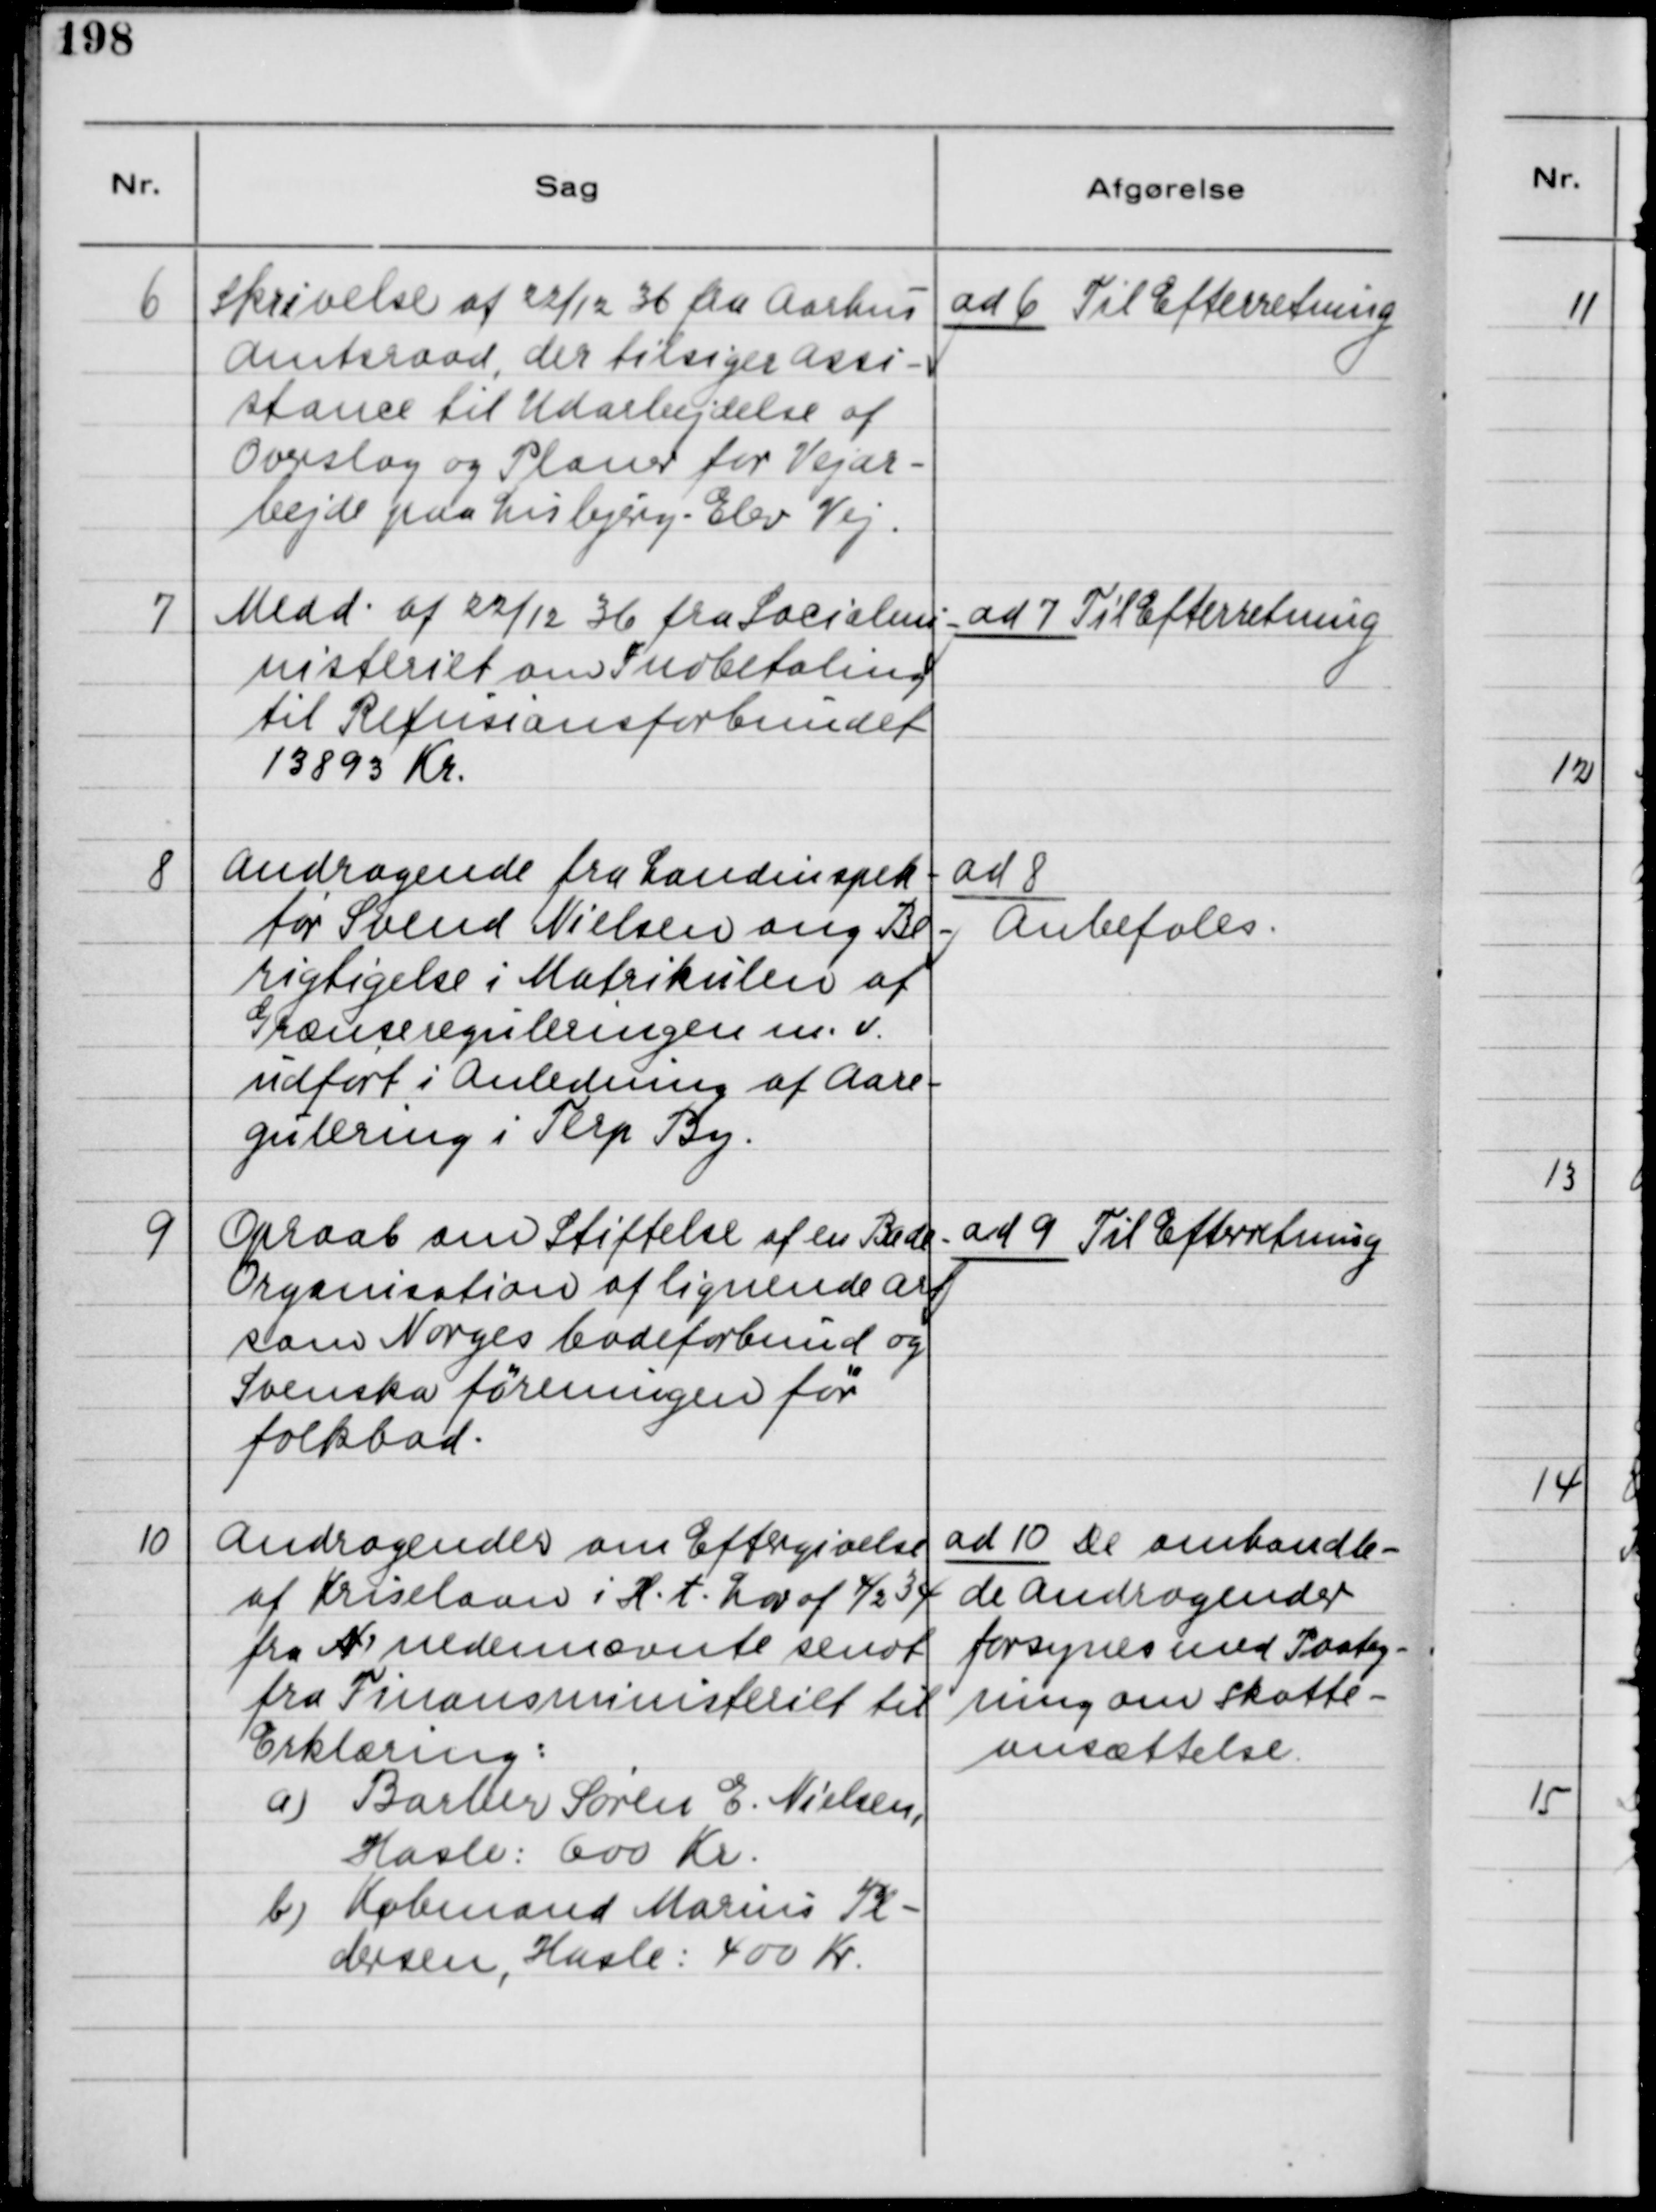
Transskription:
6
Skrivelse af 22/12 36 fra Aarhus
Amtsraad, der tilsiger assi-
stance til Udarbejdelse af
Overslag og Planer for Vejar-
bejde paa Lisbjerg-Elev Vej.
ad 6 Til Efterretning
7
Medd. af 22/12 36 fra Socialmi-
nisteriet om Indbetaling
til Refusionsforbundet
13893 Kr.
ad 7 Til efterretning
8
Andragende fra Landinspek-
tør Svend Nielsen ang. Be-
rigtigelse i Matrikulen af
Grænsereguleringen m.v.
udført i Anledning af Aare-
gulering i Terp By.
ad 8
Anbefales
9
Opraab om Stiftelse af en Bade-
Organisation af lignende art
som Norges badeforbund og
Svenska Föreningen för
folkbad.
ad 9 Til Efterretning
10
Andragende om Eftergivelse
af kriselaan i H.t. Lov af 4/2 34
fra N nedennævnte sendt
fra Finansministeriet til
Erklæring:
a) Barber Søren E. Nielsen,
Hasle: 600 Kr.
b) Købmand Marius Pe-
dersen, Hasle: 400 Kr.
ad 10 De omhandle-
de Andragender
forsynes med Paateg-
ning om Skatte-
ansættelse